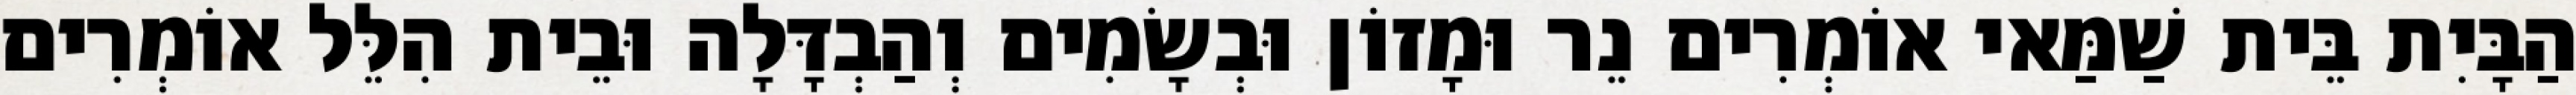
הַבָּיִת בֵּית שַׁמַּאי אוֹמְרִים נֵר וּמָזוֹן וּבְשָׂמִים וְהַבְדָּלָה וּבֵית הִלֵּל אוֹמְרִים